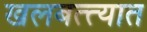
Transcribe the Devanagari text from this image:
खलबत्त्यात